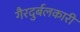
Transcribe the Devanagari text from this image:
गैरदुर्बलकारी